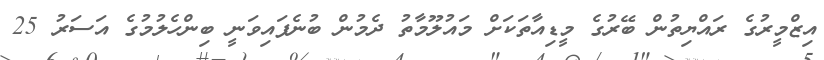
އިޒްމީރުގެ ރައްޔިތުން ބޭރުގެ މީޑިއާތަކަށް މައުލޫމާތު ދެމުން ބުނެފައިވަނީ ބިންހެލުމުގެ އަސަރު 25